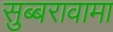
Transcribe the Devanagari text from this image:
सुब्बरावामा